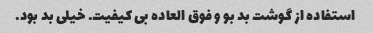
استفاده از گوشت بد بو و فوق العاده بی کیفیت. خیلی بد بود.